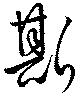
斯